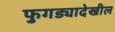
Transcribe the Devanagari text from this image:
फुगड्यादेखील